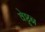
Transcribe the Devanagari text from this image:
वेष्टून